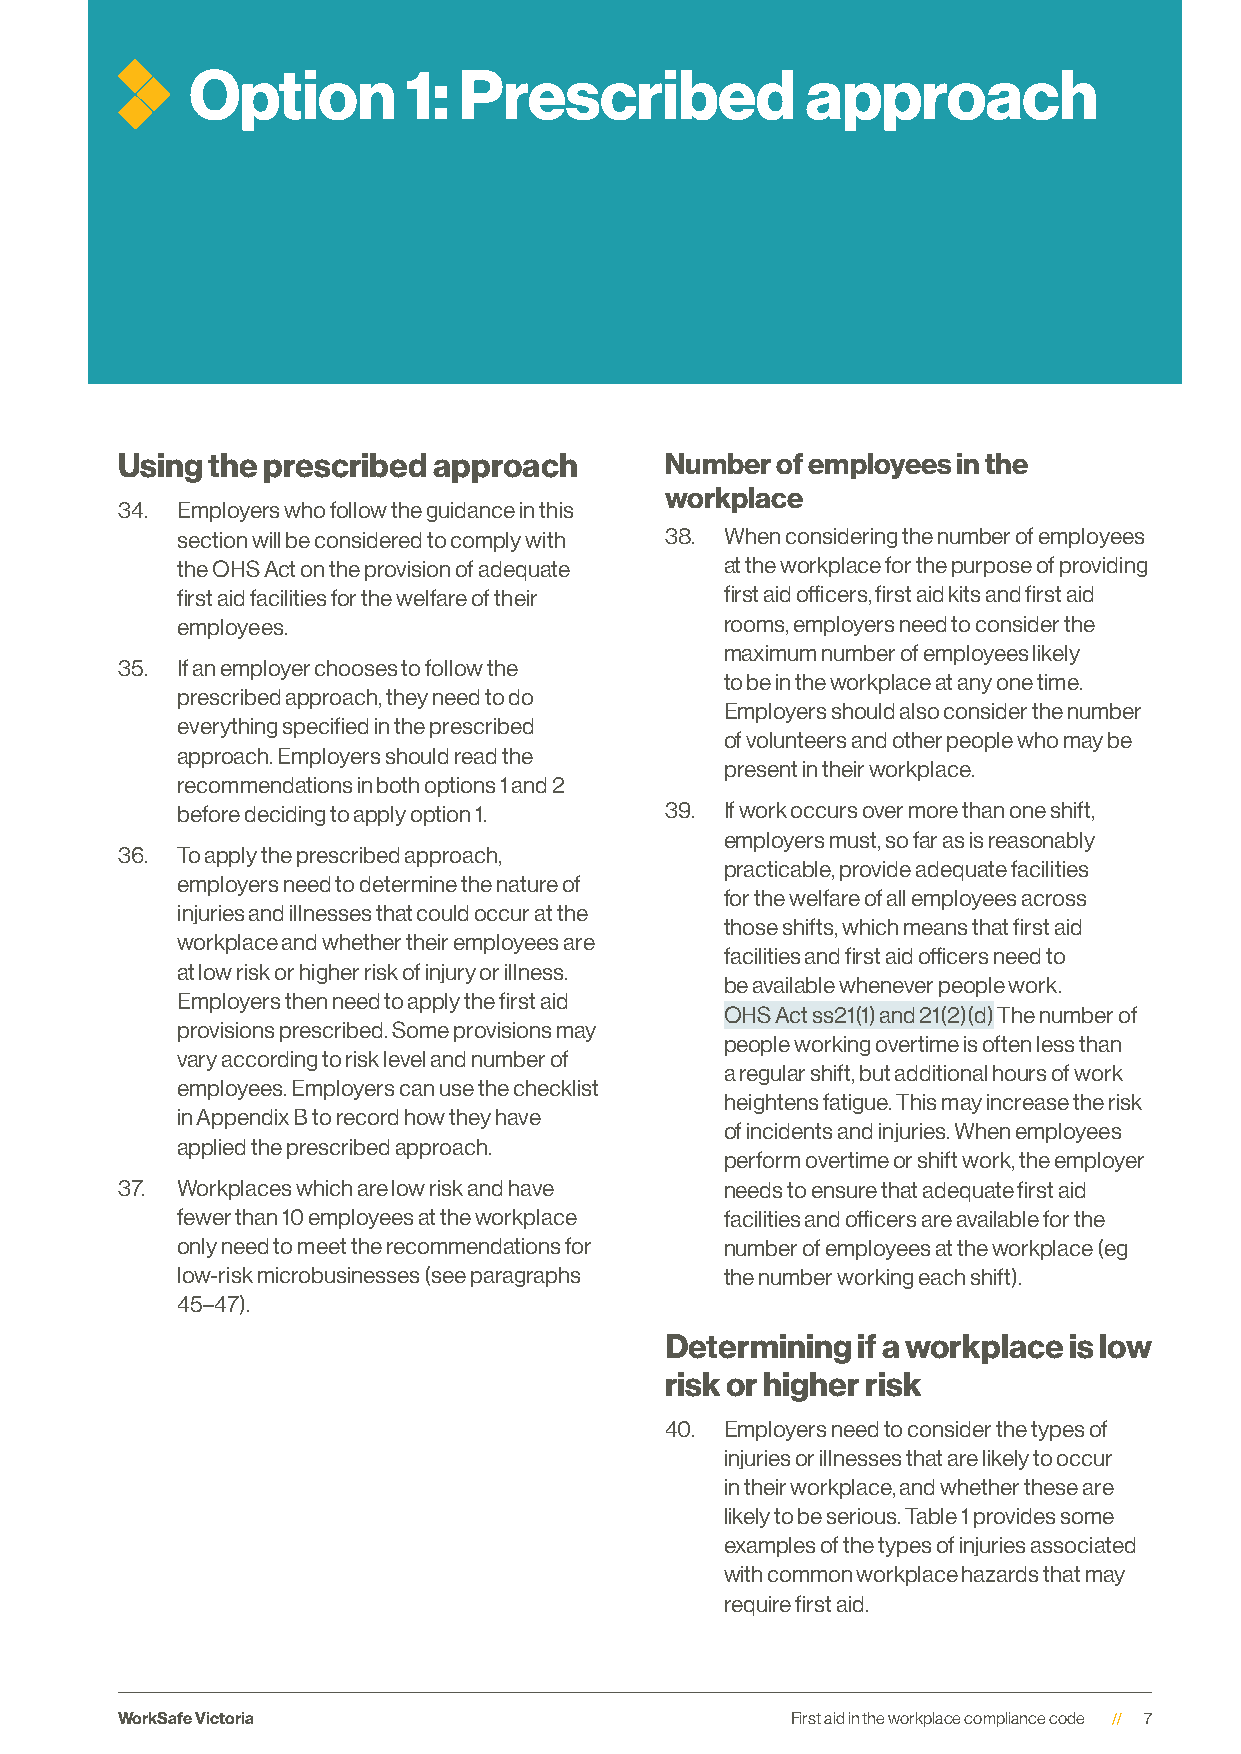
Option        1: Prescribed             approach
 Using the prescribed approach       Number of employees in the
 workplace
 34. Employers who follow the guidance in this
 section will be considered to comply with 38. When considering the number of employees
 the OHS Act on the provision of adequate at the workplace for the purpose of providing
 first aid facilities for the welfare of their first aid officers, first aid kits and first aid
 employees.                          rooms, employers need to consider the
 maximum number of employees likely
 35. If an employer chooses to follow the
 to be in the workplace at any one time.
 prescribed approach, they need to do
 Employers should also consider the number
 everything specified in the prescribed
 of volunteers and other people who may be
 approach. Employers should read the
 present in their workplace.
 recommendations in both options 1 and 2
 before deciding to apply option 1. 39. If work occurs over more than one shift,
 employers must, so far as is reasonably
 36. To apply the prescribed approach,
 practicable, provide adequate facilities
 employers need to determine the nature of
 for the welfare of all employees across
 injuries and illnesses that could occur at the
 those shifts, which means that first aid
 workplace and whether their employees are
 facilities and first aid officers need to
 at low risk or higher risk of injury or illness.
 be available whenever people work.
 Employers then need to apply the first aid
 OHS Act ss21(1) and 21(2)(d) The number of
 provisions prescribed. Some provisions may
 people working overtime is often less than
 vary according to risk level and number of
 a regular shift, but additional hours of work
 employees. Employers can use the checklist
 heightens fatigue. This may increase the risk
 in Appendix B to record how they have
 of incidents and injuries. When employees
 applied the prescribed approach.
 perform overtime or shift work, the employer
 37. Workplaces which are low risk and have needs to ensure that adequate first aid
 fewer than 10 employees at the workplace facilities and officers are available for the
 only need to meet the recommendations for number of employees at the workplace (eg
 low-risk microbusinesses (see paragraphs the number working each shift).
 45–47).
 Determining  if a workplace is low
 risk or higher risk
 40. Employers need to consider the types of
 injuries or illnesses that are likely to occur
 in their workplace, and whether these are
 likely to be serious. Table 1 provides some
 examples of the types of injuries associated
 with common workplace hazards that may
 require first aid.
 WorkSafe Victoria                           First aid in the workplace compliance code 7